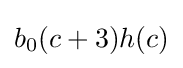
b_{0}(c+3)h(c)